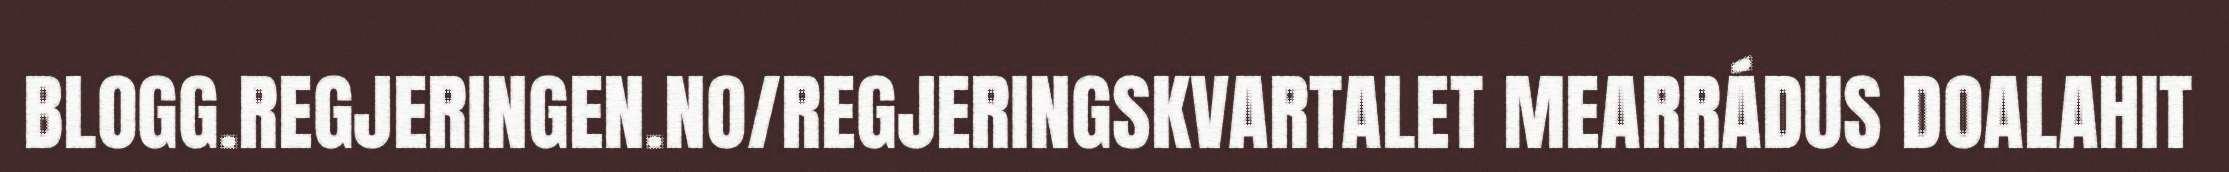
BLOGG.REGJERINGEN.NO/REGJERINGSKVARTALET MEARRÁDUS DOALAHIT